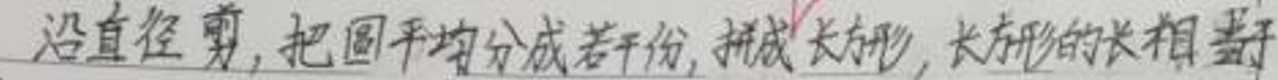
沿直径剪，把圆平均分成若干份，拼成 长方形，长方形的长相当于